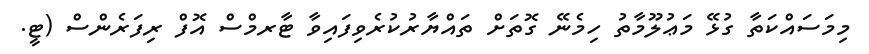
މިމަސައްކަތާ ގުޅޭ މަޢުލޫމާތު ހިމެނޭ ގޮތަށް ތައްޔާރުކުރެވިފައިވާ ޓާރމްސް އޮފް ރިފަރެންސް (ޓީ.